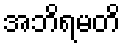
အဘိရမတိ